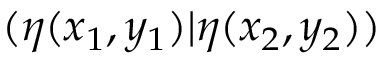
( \eta ( x _ { 1 } , y _ { 1 } ) \vert \eta ( x _ { 2 } , y _ { 2 } ) )